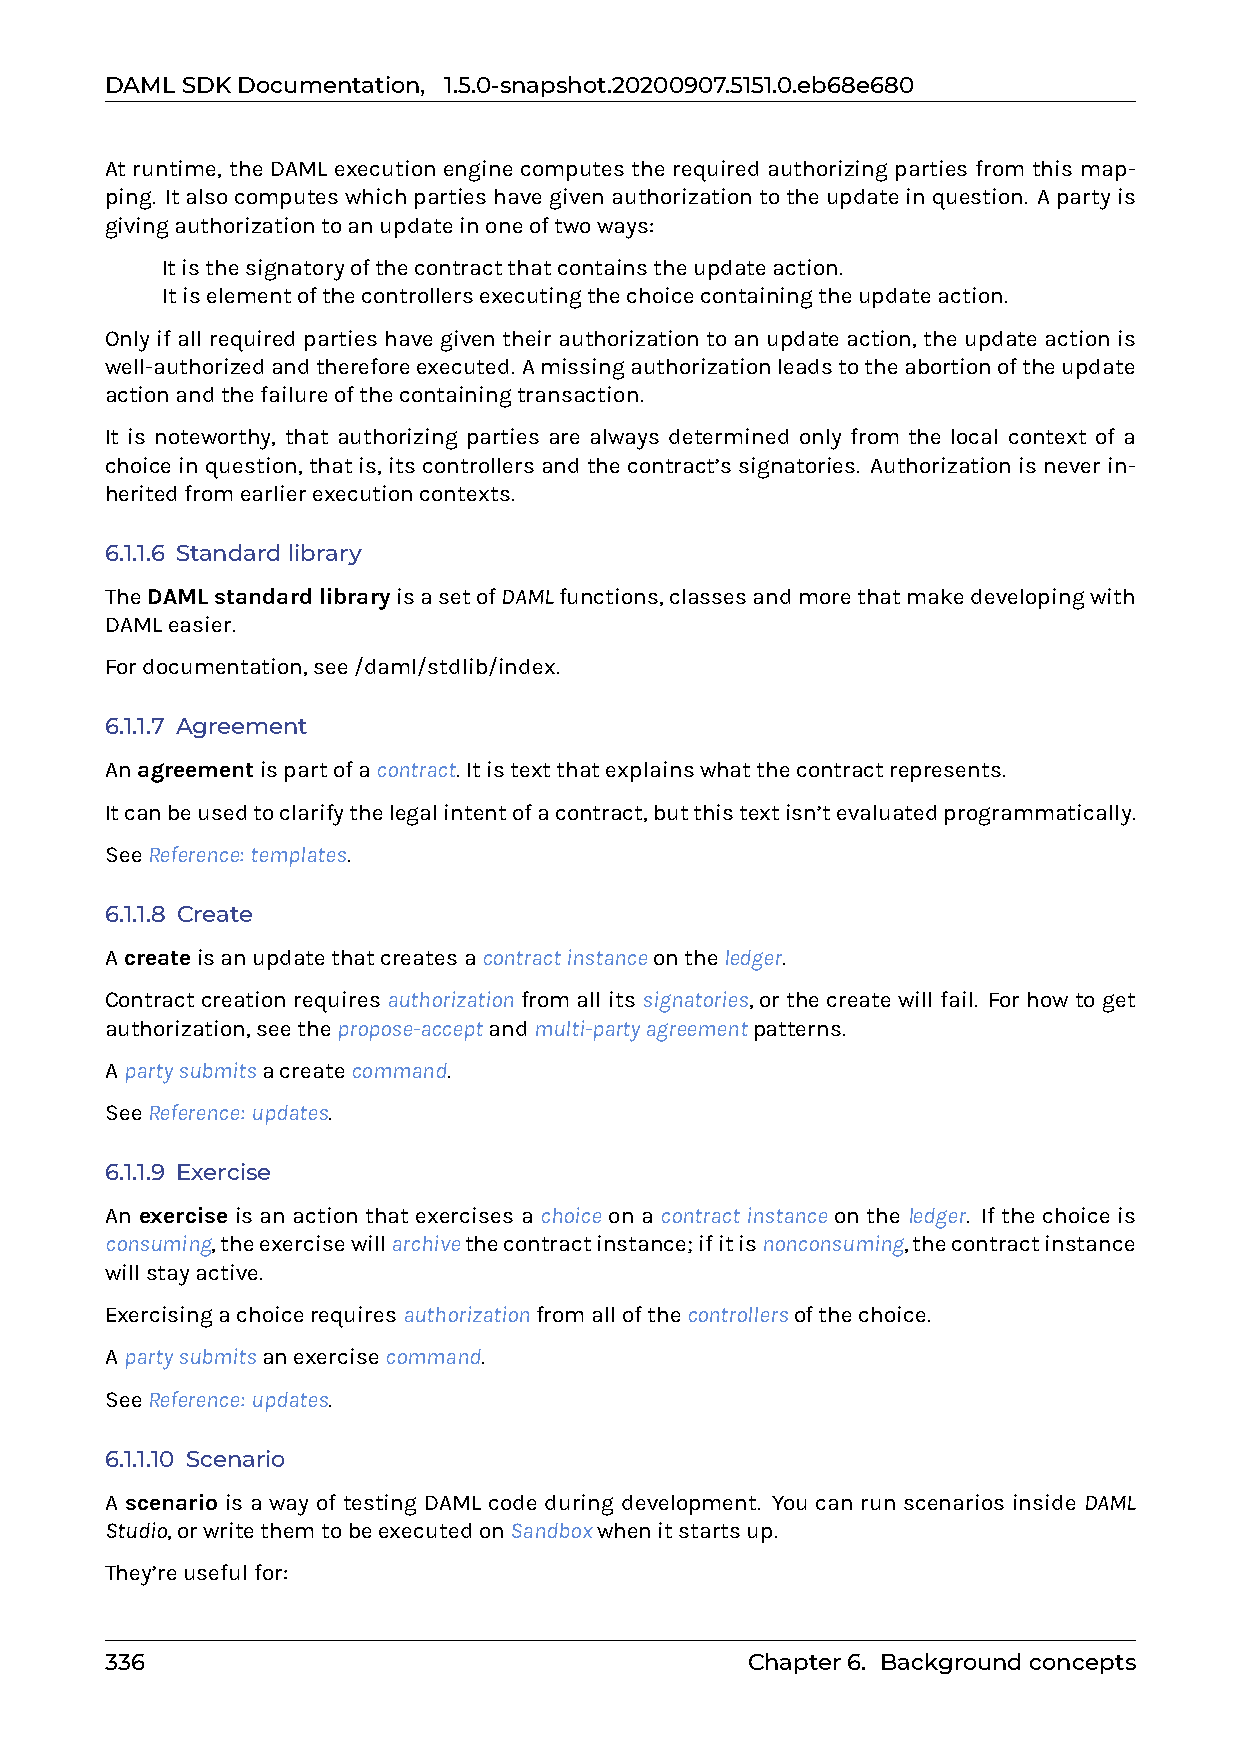
DAMLSDKDocumentation, 1.5.0-snapshot.20200907.5151.0.eb68e680
 At runtime, the DAML execution engine computes the required authorizing parties from this map-
 ping. Italsocomputeswhichpartieshavegivenauthorizationtotheupdateinquestion. Apartyis
 givingauthorizationtoanupdateinoneoftwoways:
 0 Itisthesignatoryofthecontractthatcontainstheupdateaction.
 0 Itiselementofthecontrollersexecutingthechoicecontainingtheupdateaction.
 Only if all required parties have given their authorization to an update action, the update action is
 well-authorizedandthereforeexecuted. Amissingauthorizationleadstotheabortionoftheupdate
 actionandthefailureofthecontainingtransaction.
 It is noteworthy, that authorizing parties are always determined only from the local context of a
 choiceinquestion, thatis, itscontrollersandthecontract’ssignatories. Authorizationisneverin-
 heritedfromearlierexecutioncontexts.
 6.1.1.6 Standardlibrary
 TheDAMLstandardlibraryisasetofDAMLfunctions,classesandmorethatmakedevelopingwith
 DAMLeasier.
 Fordocumentation,see/daml/stdlib/index.
 6.1.1.7 Agreement
 Anagreementispartofacontract. Itistextthatexplainswhatthecontractrepresents.
 Itcanbeusedtoclarifythelegalintentofacontract,butthistextisn’tevaluatedprogrammatically.
 SeeReference: templates.
 6.1.1.8 Create
 Acreateisanupdatethatcreatesacontractinstanceontheledger.
 Contractcreationrequiresauthorizationfromallitssignatories, orthecreatewillfail. Forhowtoget
 authorization,seethepropose-acceptandmulti-partyagreementpatterns.
 Apartysubmitsacreatecommand.
 SeeReference: updates.
 6.1.1.9 Exercise
 An exercise is an action that exercises a choice on a contractinstance on the ledger. If the choice is
 consuming,theexercisewillarchivethecontractinstance;ifitisnonconsuming,thecontractinstance
 willstayactive.
 Exercisingachoicerequiresauthorizationfromallofthecontrollersofthechoice.
 Apartysubmitsanexercisecommand.
 SeeReference: updates.
 6.1.1.10 Scenario
 A scenario is a way of testing DAML code during development. You can run scenarios inside DAML
 Studio,orwritethemtobeexecutedonSandboxwhenitstartsup.
 They’reusefulfor:
 336                                       Chapter6. Backgroundconcepts